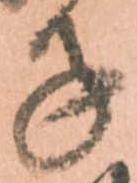
子